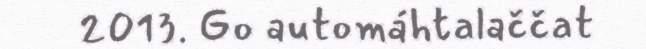
2013. Go automáhtalaččat